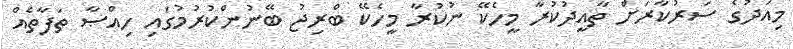
މިއަދުގެ ސަރުކާރަށް ތާއީދުކުރާ މީހެކޭ ނުކުރާ މީހެކޭ ބްރިޖު ބޭނުންކުރުމުގައި ހިއްޞާ ތަފާތެއް